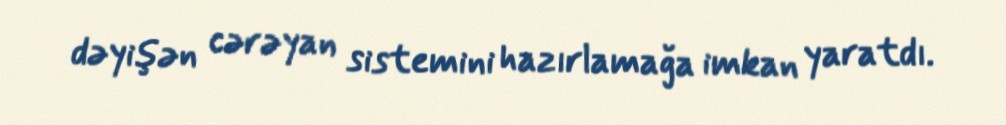
dəyişən cərəyan sistemini hazırlamağa imkan yaratdı.